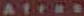
Afres